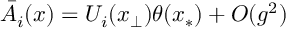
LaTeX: \bar { \cal A } _ { i } ( x ) = U _ { i } ( x _ { \perp } ) \theta ( x _ { \ast } ) + O ( g ^ { 2 } )